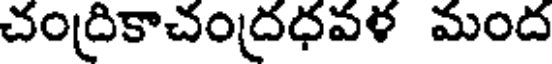
చంద్రికాచంద్రధవళ మంద